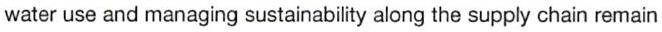
water use and managing sustainability along the supply chain remain